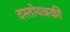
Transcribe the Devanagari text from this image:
दस्तोयव्स्की